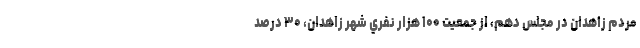
مردم زاهدان در مجلس دهم، از جمعيت ۱۰۰ هزار نفري شهر زاهدان، ۳۰ درصد